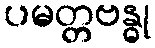
ပမတ္တဗန္ဓု